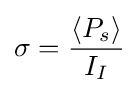
\sigma ={\frac {\langle P_{s}\rangle }{I_{I}}}